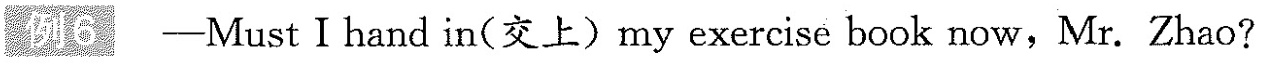
例6 -Must I hand in (交上) my exercise book now, Mr. Zhao?